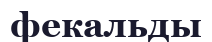
фекальды